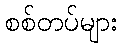
စစ်တပ်များ